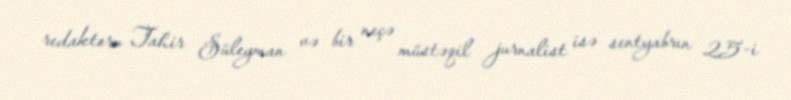
redaktoru Tahir Süleyman və bir neçə müstəqil jurnalist isə sentyabrın 25-i